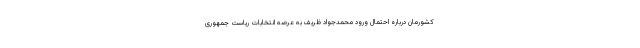
کشورمان درباره احتمال ورود محمدجواد ظریف به عرصه انتخابات ریاست جمهوری